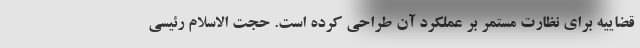
قضاییه برای نظارت مستمر بر عملکرد آن طراحی کرده است. حجت الاسلام رئیسی